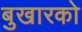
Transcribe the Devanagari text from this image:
बुखारको